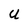
Character: U